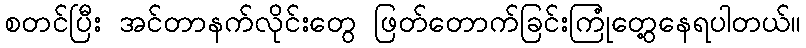
စတင်ပြီး အင်တာနက်လိုင်းတွေ ဖြတ်တောက်ခြင်းကြုံတွေ့နေရပါတယ်။